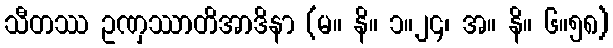
သီတဿ ဥဏှဿာတိအာဒိနာ (မ။ နိ။ ၁။၂၄၊ အ။ နိ။ ၆။၅၈)